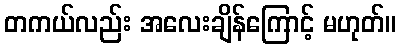
တကယ်လည်း အလေးချိန်ကြောင့် မဟုတ်။